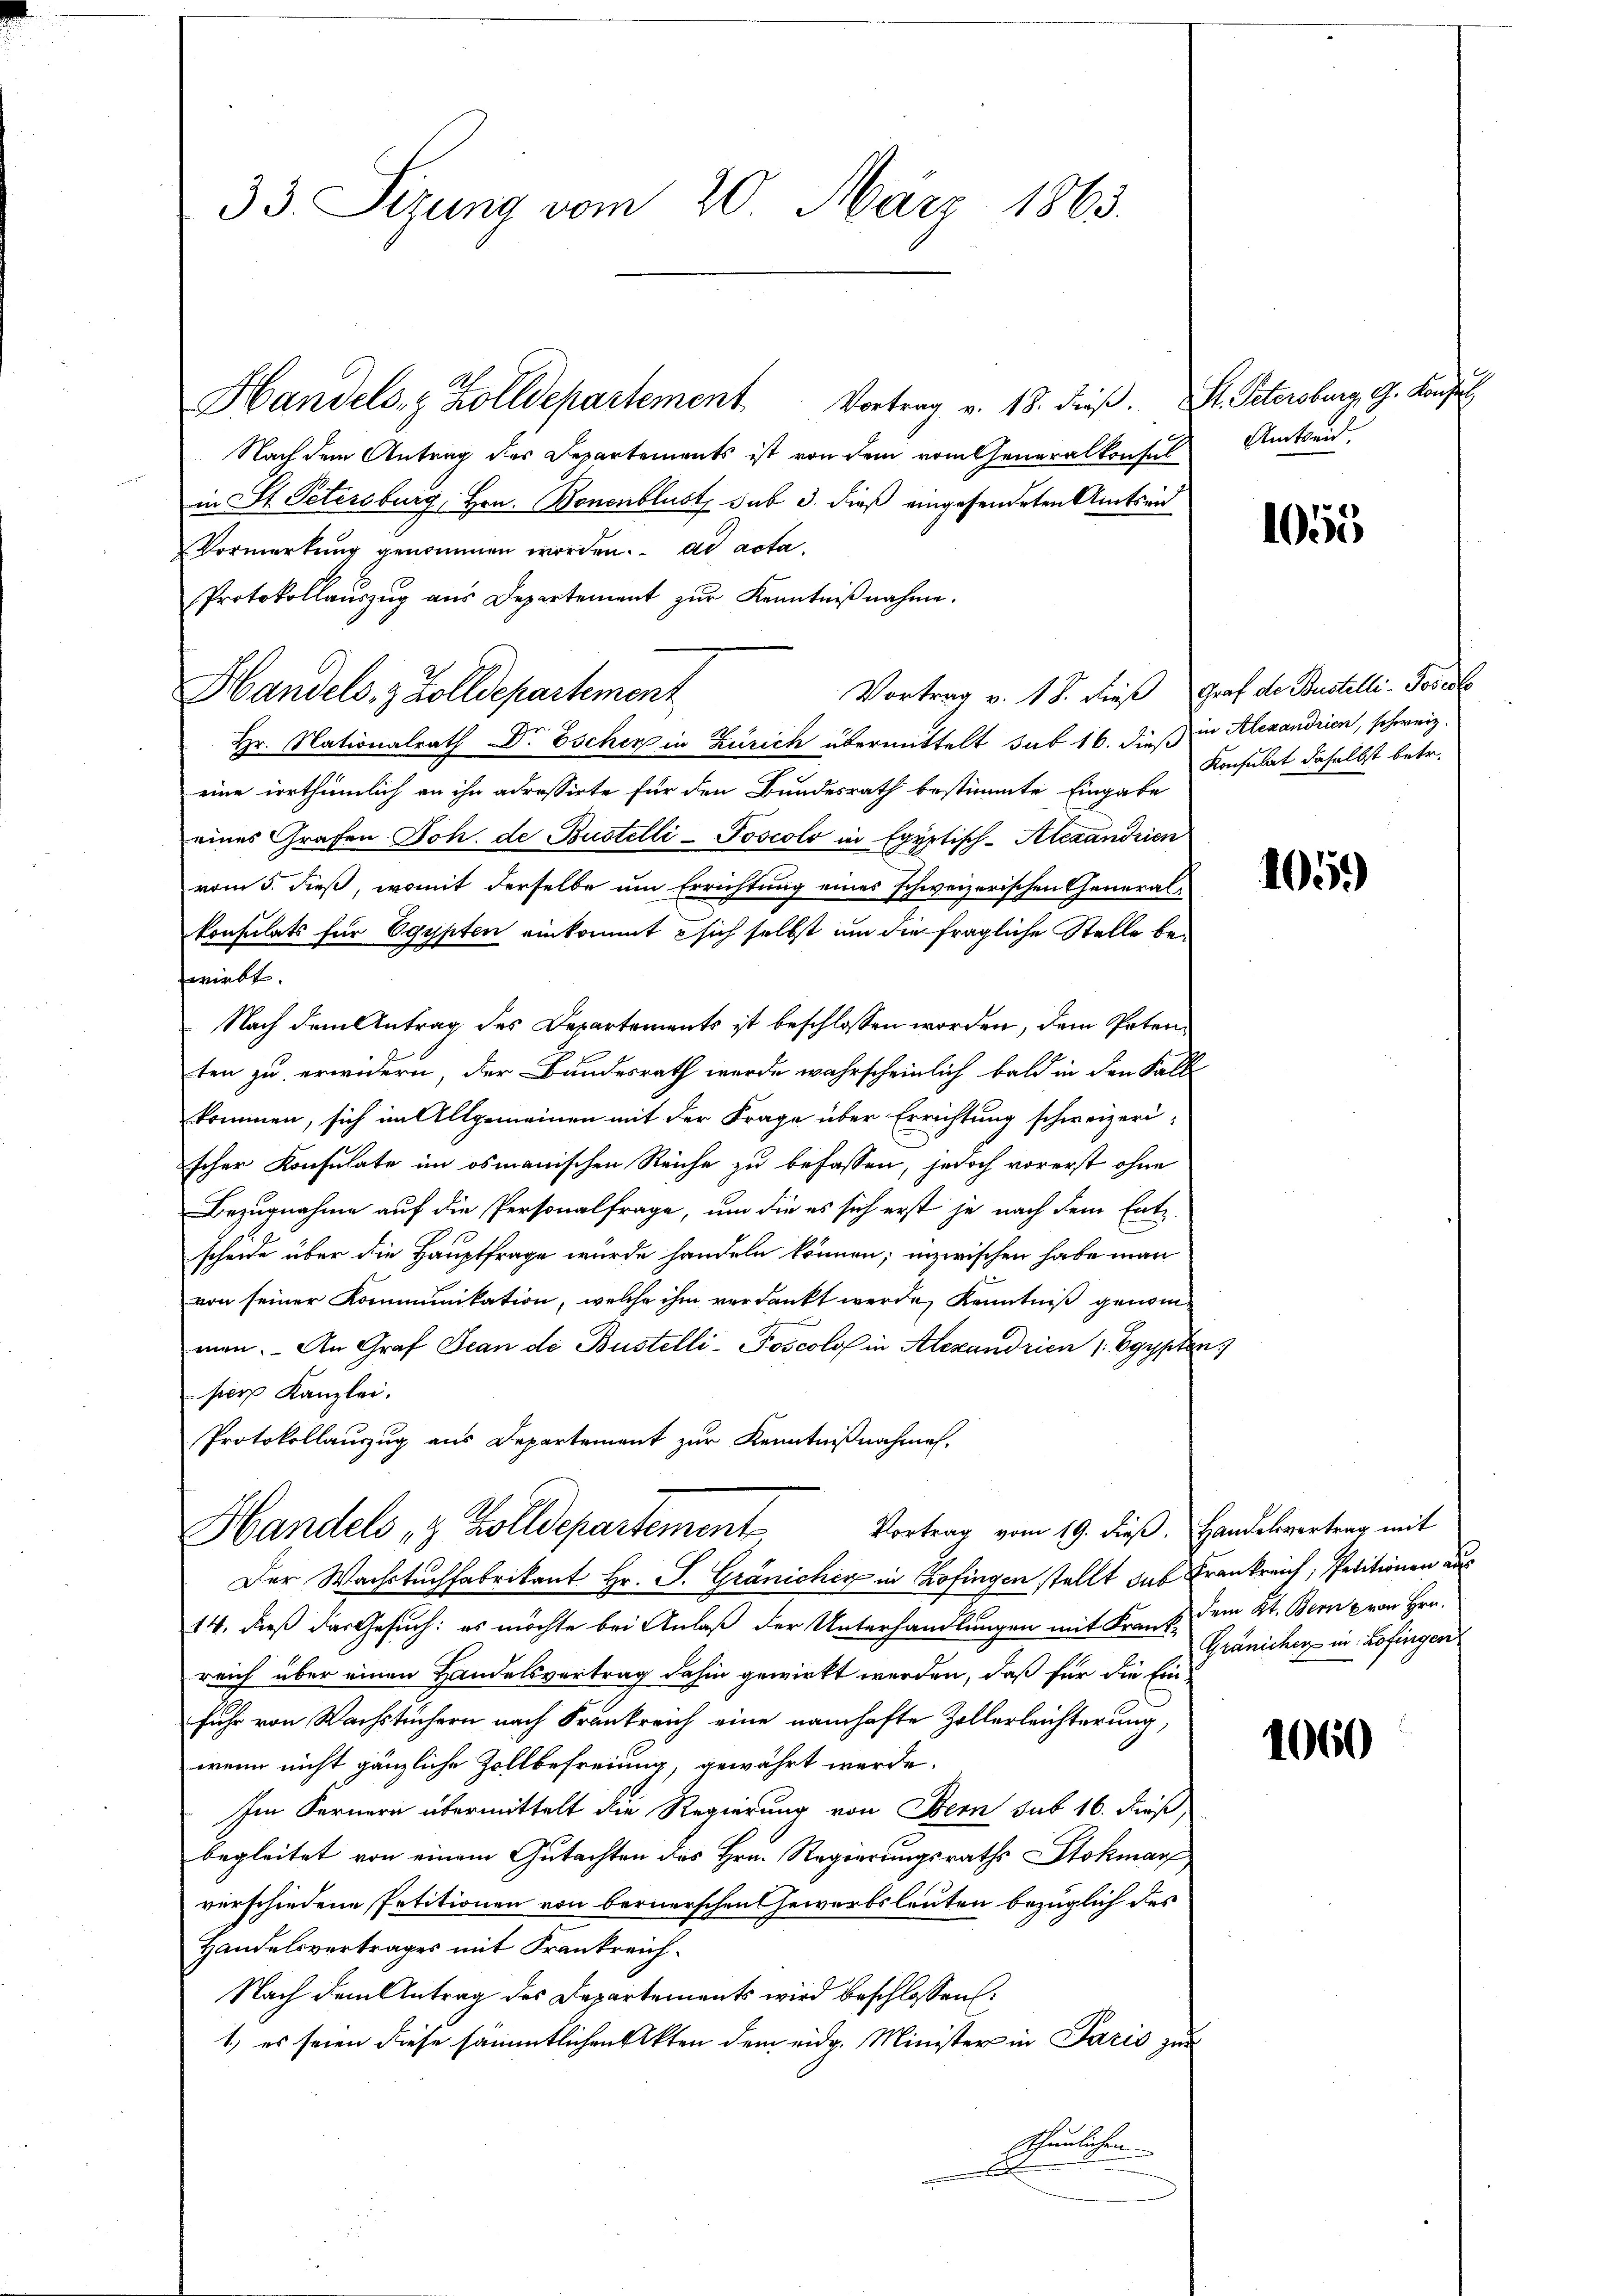
33. Sizung vom 20. März 1863.

Handels- & Zolldepartement Vortrag v. 18. dieß. St. Petersburg, G. Konsul
Nach dem Antrag des Departements ist von dem vom Generalkonses Amtseid
in St. Petersburg, Hrn. Bonenblust sub 3. dieß eingesendeten Amtseid
Vormerkung genommen worden. ad acta
Protokollaŭszŭg aŭs Departement zŭr Kenntniβnahme.
Hr. Nationalrath Dr Eschen in Zürich übermittelt sub 16. dieß in Alexandrien, schweiz.
eine irrthümlich an ihn adressirte für den Bundesrath bestimmte Eingabe
eines Grafen Joh. de Bustelli-Joscolo in Egyptisch-Alexandrien
vom 5. dieß, womit derselbe um Errichtung eines schweizerischen Generalkonsulats für Egypten einkommt sich selbst um die fragliche Stelle bewirbt.
Nach dem Antrag des Departements ist beschlossen worden, dem Petens
ten zu erwidern, der Bundesrath werde wahrscheinlich bald in den Falle
kommen, sich im Allgemeinen mit der Frage über Errichtung schweizerischer Konsulate im osmanischen Reiche zu befassen, jedoch vorerst ohne
Bezugnahme auf die Personalfrage, um die es sich erst je nach dem Ent-
scheide über die Hauptfrage würde handeln können; inzwischen habe man
von seiner Kommunikation, welche ihm verdankt werde, Kenntniß genommen. An Graf Jean de Bustelli-Poscolo in Alexandrien 1 Egypten
per Kanzlei.
Protokollauszug aus Departement zur Kenntnißnahmen.
Vortrag vom 19. dieβ. Handelsvertrag mit
Handels & Zolldepartement
Der Wachstuchfabrikant Hr. J. Gränicher in Zofingen stellt das Frankreich, Petitionen aus
14. dieß das Gesuch: es möchte bei Anlaß der Unterhandlungen mit Franz dem Kt. Bern & von Hrn.
reich über einen Handelsvertrag dahin gewirkt werden, daß für die Einfuhr von Wachstüchern nach Frankreich eine namhafte Zollerleichterung,
wenn nicht gänzliche Zollbefreiung, gewährt werde.
Im Fernern übermittelt die Regierung von Bern sub 16. dieß,
begleitet von einem Gutachten des Hrn. Regierungsraths Stokmar,
verschiedene Petitionen von bernerschen Gewerbsleuten bezüglich des
Handelsvertrages mit Frankreich¬
Nach dem Antrag des Departements wird beschlossen:
1.) es seien diese sämmtlichen Akten dem eidg. Minister in Paris zur
Schönlichen

Handels, z. Zolldepartement

Vortrag v. 18. dieß Graf de Bustilli-Forel

1055

Konsulat daselbst betr.

105)

Gränicher in Zofingen

1060